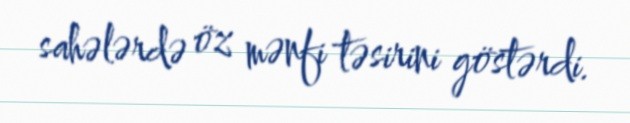
sahələrdə öz mənfi təsirini göstərdi.